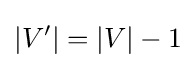
|V'|=|V|-1